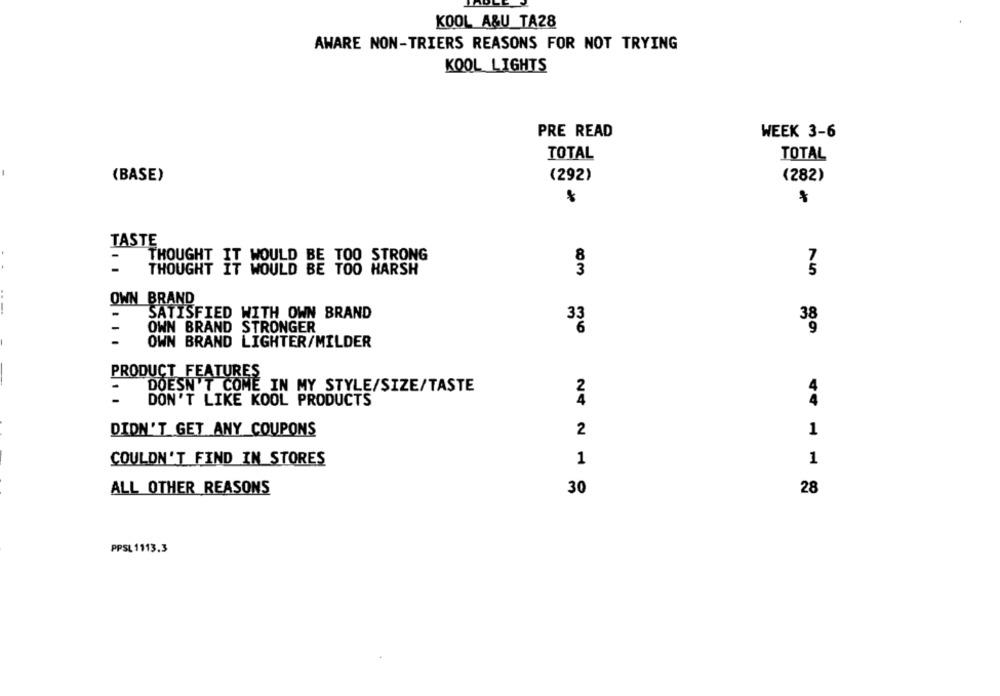
KOOL A&U TA28
AWARE NON-TRIERS REASONS FOR NOT TRYING
KOOL LIGHTS
PRE READ
WEEK 3-6
TOTAL
TOTAL
(BASE)
(292)
(282)
TASTE
THOUGHT IT WOULD BE TOO STRONG
-
8
-
THOUGHT IT WOULD BE TOO HARSH
3
5
OWN BRAND
-
SATISFIED WITH OWN BRAND
33
-
OWN BRAND
STRONGER
6
-
OWN BRAND LIGHTER/MILDER
PRODUCT FEATURES
DOESN'T COME IN MY STYLE/SIZE/TASTE
-
2
-
DON'T LIKE KOOL PRODUCTS
4
DIDN'T GET ANY COUPONS
2
1
COULDN'T FIND IN STORES
1
1
ALL OTHER REASONS
30
28
PPSL1113.3